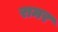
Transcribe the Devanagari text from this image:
रामर